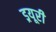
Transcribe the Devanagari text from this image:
ड्रयूरी